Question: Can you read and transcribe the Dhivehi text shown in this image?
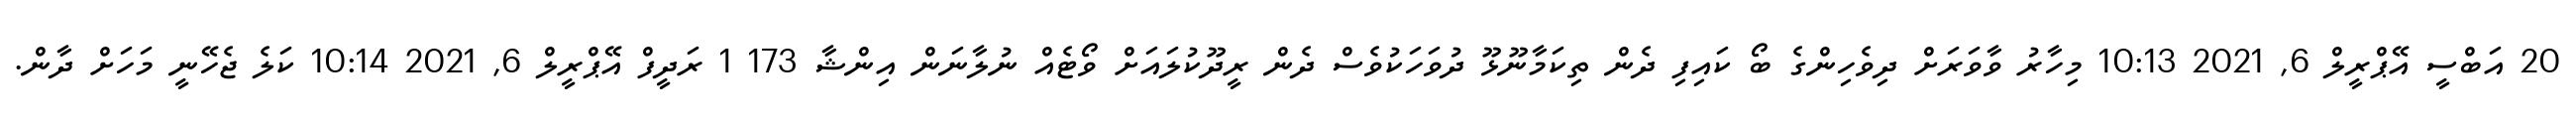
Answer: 20 އަބްސީ އޭޕްރީލް 6, 2021 10:13 މިހާރު ވާވަރަށް ދިވެހިންގެ ބޯ ކައިފި ދެން ތިކަމާނޫޅޫ ދުވަހަކުވެސް ދެން ރީދޫކުލައަށް ވޯޓެއް ނުލާނަން އިންޝާ 173 1 ރަދީފް އޭޕްރީލް 6, 2021 10:14 ކަލެ ޖެހޭނީ މަހަށް ދާން.